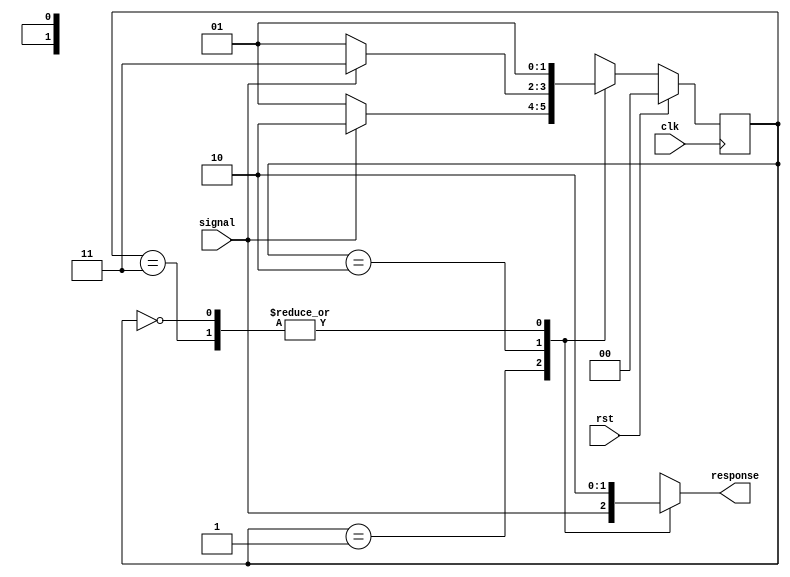
module Sequential(
    input clk, rst,
    input signal,
    output reg response
);

    reg [1:0] state, nextState;

    initial begin {response, state, nextState} = 0; end

    always @(posedge clk) begin
        state = (rst) ? 0 : nextState;
    end

    always @(*) begin
        case(state)
            0: begin {nextState, response} = 3'b010; end
            1: begin 
                nextState <= signal ? 2 : 1;
                response  <= signal;
            end
            2: begin 
                nextState <= signal ? 3 : 1;
                response  <= 1;
            end
            3: begin {nextState, response} <= 3'b010; end
            // should be default here if not all cases expressed
        endcase
    end
endmodule